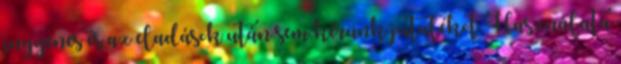
ingyenes és az eladások után sem kérünk jutalékot. Használata